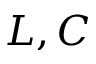
L , C